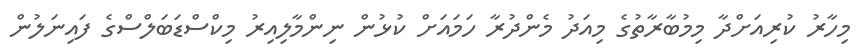
މިހާރު ކުރިއަށްދާ މިމުބާރާތުގެ މިއަދު މެންދުރާ ހަމައަށް ކުޅުން ނިންމާލިއިރު މިކްސްޑަބަލްސްގެ ފައިނަލުން